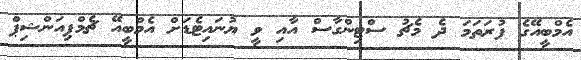
އެމްބީއޭގެ ފުރަތަމަ ދެ މެޗު ސްޓިންގާސް އާއި ވީ ޔުނައިޓެޑަށް އެމްބީއޭ ޗެމްޕިއަންޝިޕް